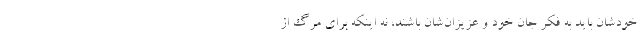
خودشان باید به فکر جان خود و عزیزان‌شان باشند، نه اینکه برای مرگ از